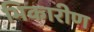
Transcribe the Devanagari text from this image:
भिकारीण